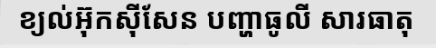
ខ្យល់អ៊ុកស៊ីសែន បញ្ហាធូលី សារធាតុ